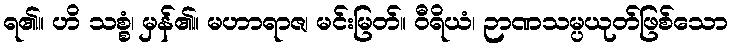
ရ၏။ ဟိ သစ္စံ၊ မှန်၏။ မဟာရာဇ၊ မင်းမြတ်။ ဝီရိယံ၊ ဉာဏသမ္ပယုတ်ဖြစ်သော